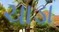
ચાડા